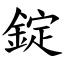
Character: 錠